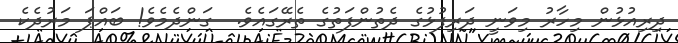
ދިރިއުޅުން މިހާރު މިވަނީ ދަރިފުޅުގެ ދެތުންފަތުގެ ތެރޭގައެވެ.  ގަންދެމެވެ! ބައްޕަ މަރުދެކެ